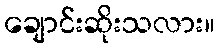
ချောင်းဆိုးသလား။